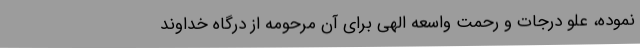
نموده، علو درجات و رحمت واسعه الهی برای آن مرحومه از درگاه خداوند